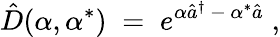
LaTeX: {\hat{D}}(\alpha,\alpha^{*})\; =\; e^{\alpha{\hat{a}}^{\dagger}\, -\, \alpha^{*}{\hat{a}}}\; ,